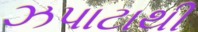
ઝપાટાથી